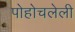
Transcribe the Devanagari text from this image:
पोहोचलेली